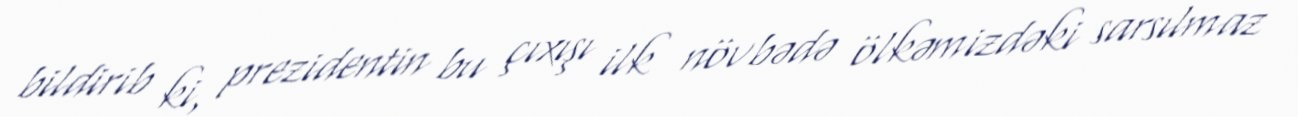
bildirib ki, prezidentin bu çıxışı ilk növbədə ölkəmizdəki sarsılmaz